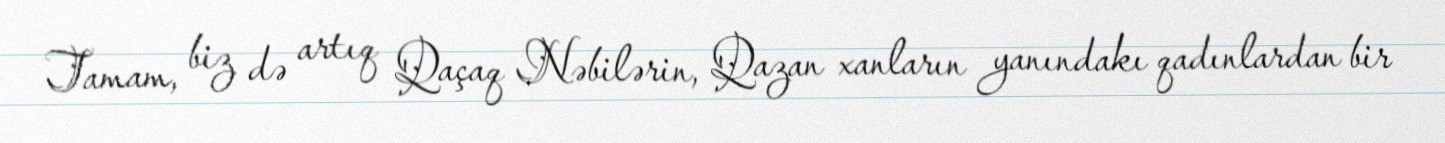
Tamam, biz də artıq Qaçaq Nəbilərin, Qazan xanların yanındakı qadınlardan bir